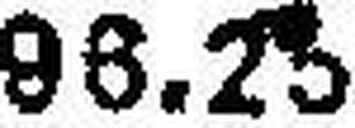
96.25